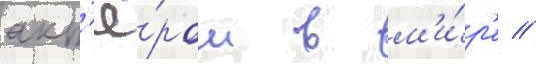
акт'ё́ром в м'и́р'е //